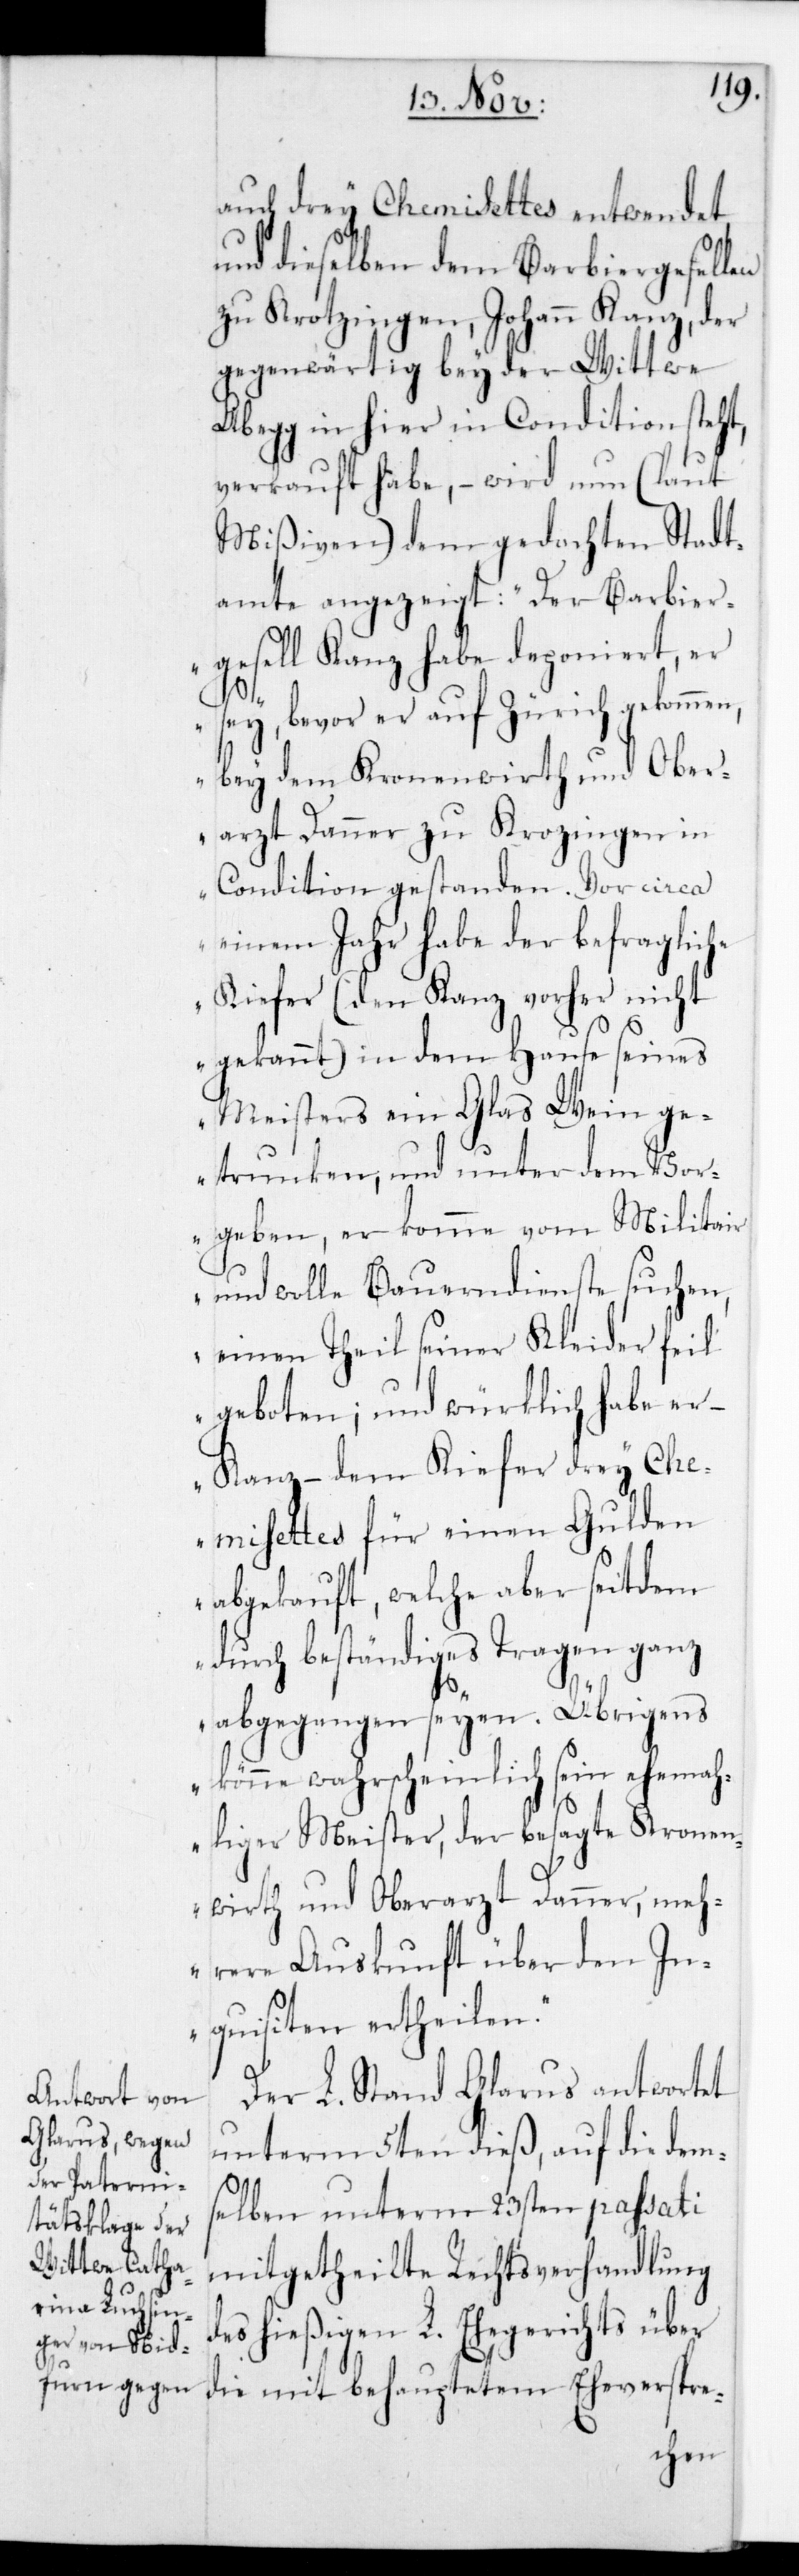
auch drey Chemisettes entwendet
und dieselben dem Barbiergesellen
zu Krotzingen, Johann Kanz, der
gegenwärtig bey der Wittwe
Abegg in hier in Condition steht,
verkauft habe, – wird nun (laut
Mißiven) dem gedachten Stadt¬
amte angezeigt: „Der Barbier¬
gesell Kanz habe deponiert, er
sey, bevor er auf Zürich gekommen,
bey dem Kronenwirth und Obr¬
arzt Danner zu Krozingen in
Condition gestanden. Vor circa
einen Jahr habe der befragliche
Kiefer (den Kanz vorher nicht
gekannt) in dem Hause seines
Meisters ein Glas Wein ge¬
trunken, und unter dem Vor¬
geben, er komme vom Militair
und wolle Bauerndienste suchen,
einen Theil seiner Kleider feil
geboten; und würklich habe er –
Kanz – dem Kiefer drey Ch¬
emisettes für einen Gulden
abgekauft, welche aber seitdem
durch beständiges Tragen ganz
abgegangen seyen. Übrigens
könne wahrscheinlich sein ehema¬
liger Meister, der besagte Kronen¬
wirth und Oberarzt Danner, meh¬
rere Auskunft über den In¬
quisiten ertheilen“.
Der L. Stand Glarus antwortet
unterm 5ten dieß, auf die dem¬
selben unterm 23sten passati
mitgetheilte Rechtsverhandlung
des hießigen L. Ehegerichts über
die mit behauptetem Eheverspre-